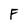
Character: F